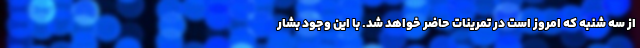
از سه شنبه که امروز است در تمرینات حاضر خواهد شد. با این وجود بشار